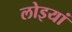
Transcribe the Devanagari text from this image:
लोइयां